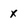
Character: x